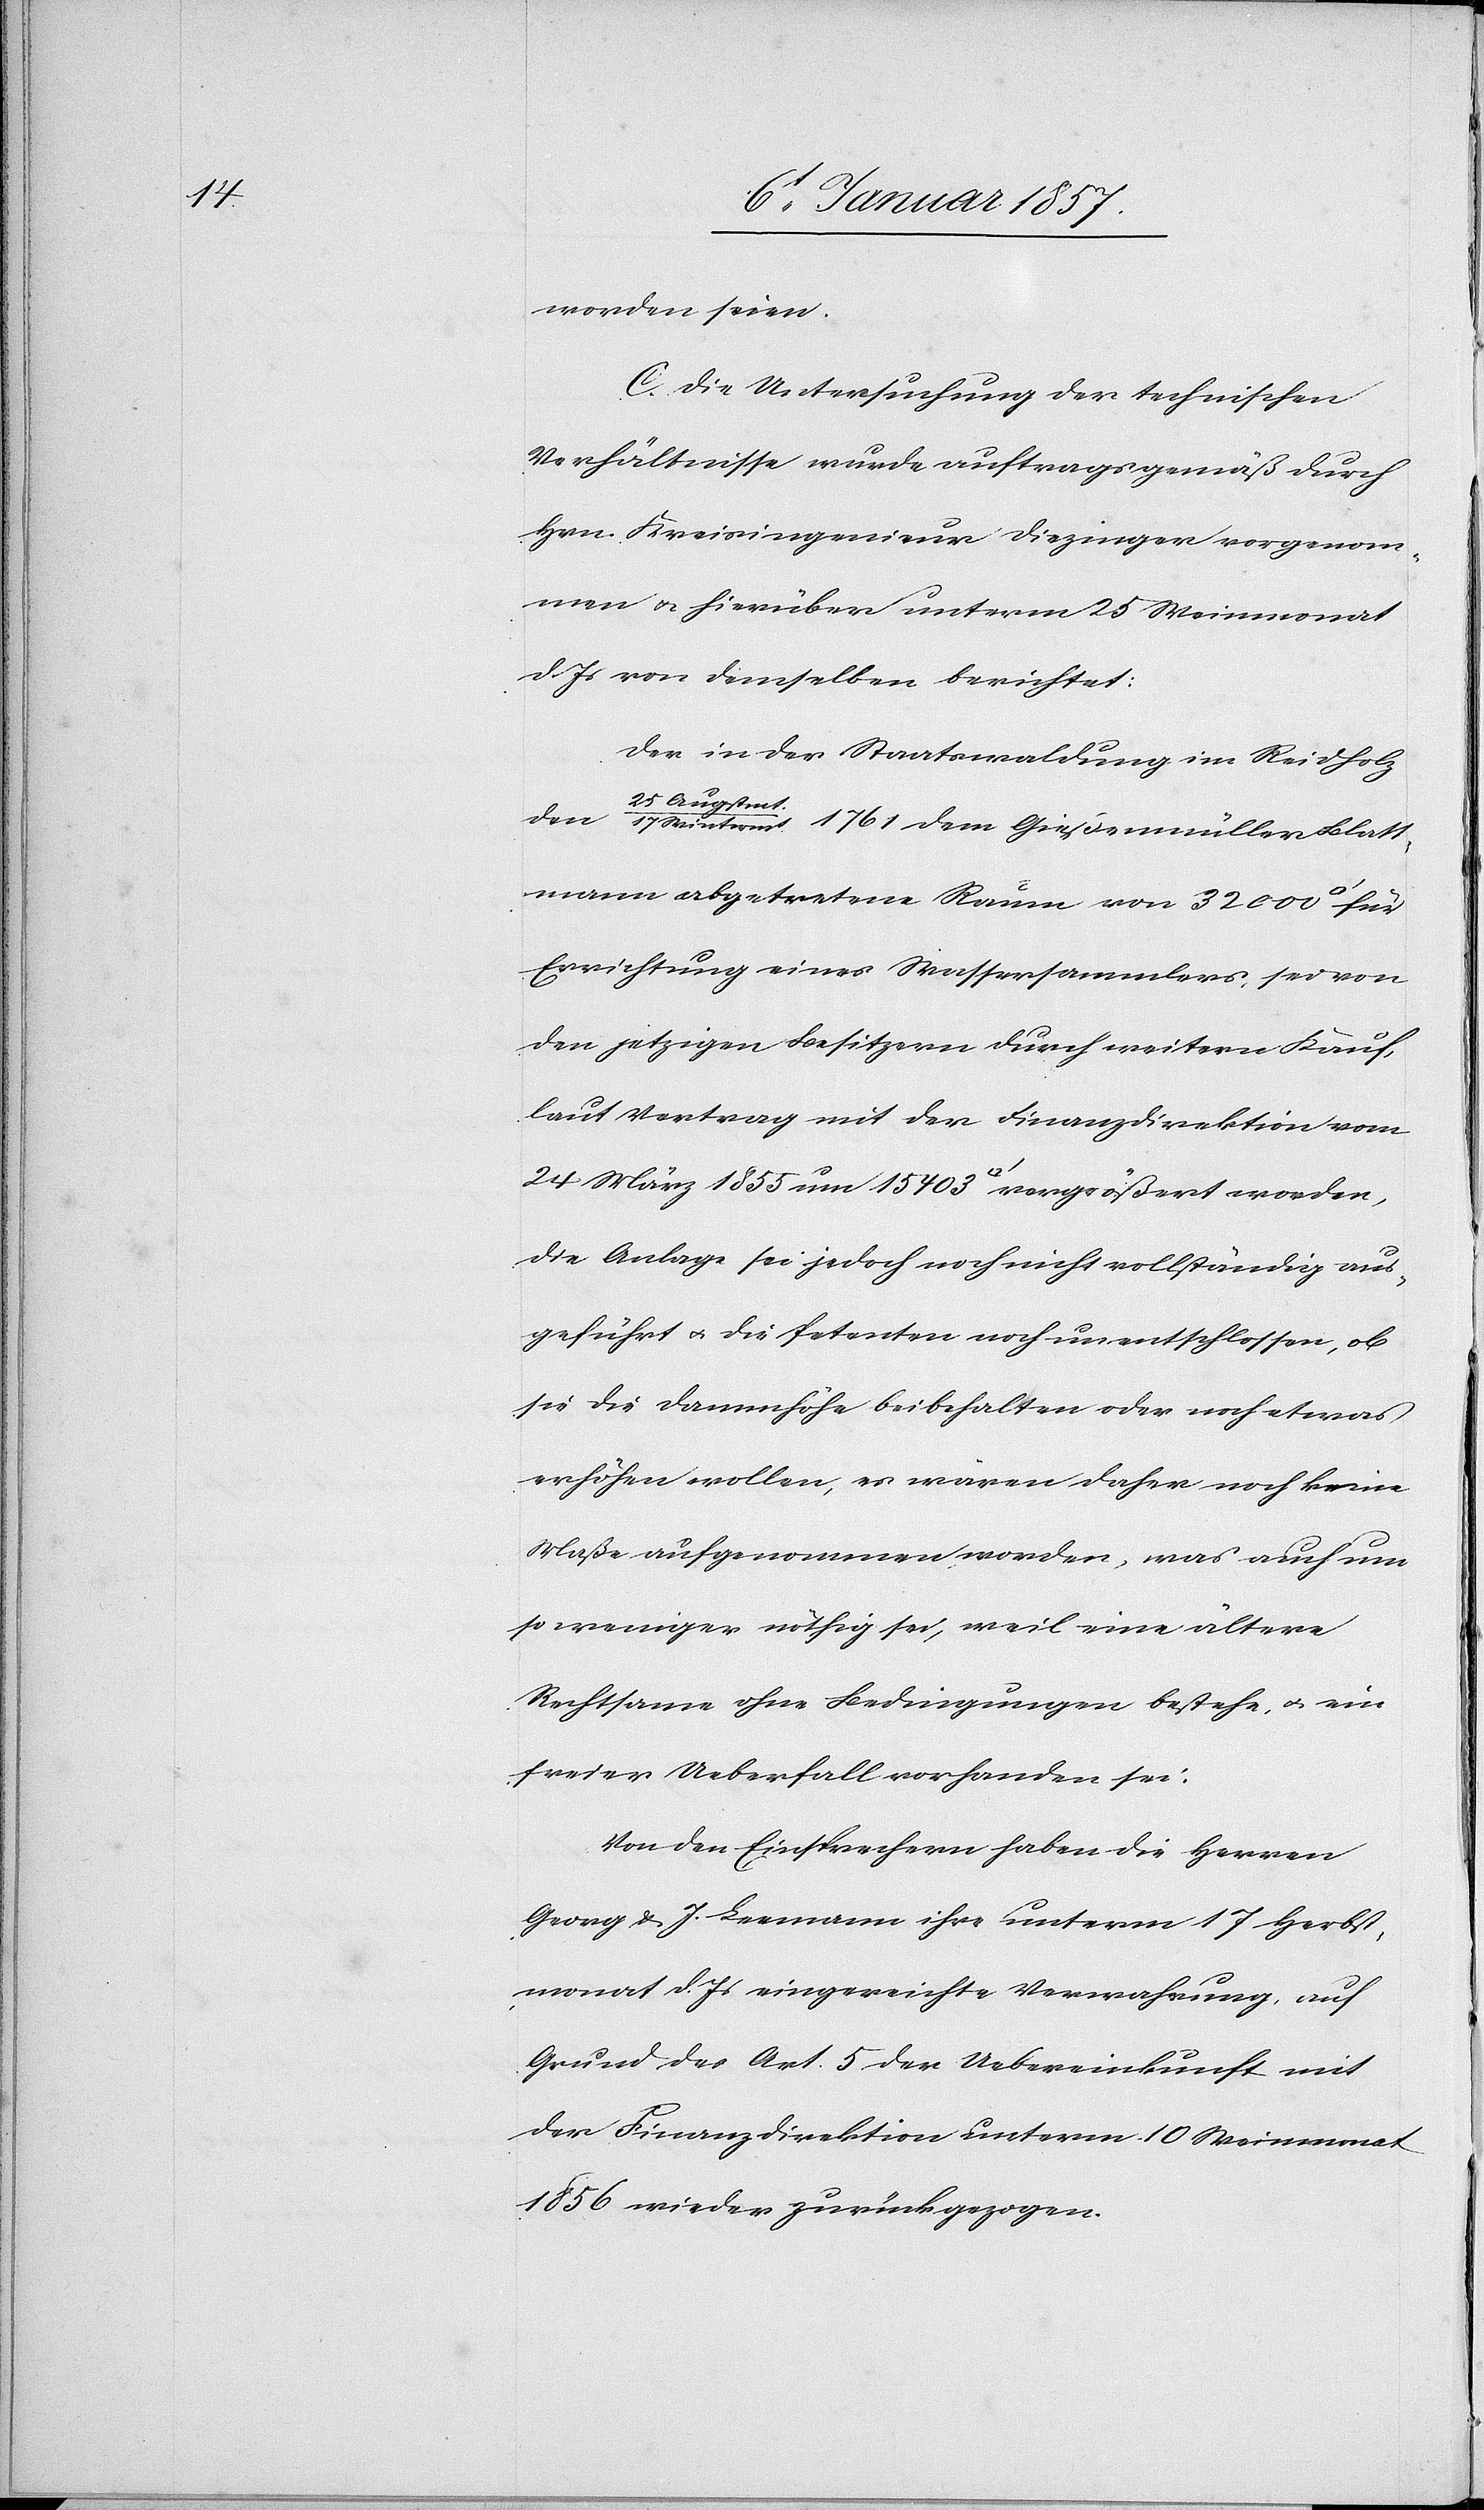
worden seien.
C. Die Untersuchung der technischen
Verhältnisse wurde auftragsgemäß durch
Hrn. Kreisingenieur Diezinger vorgenom¬
men u. hierüber unterm 25 Maimonat
d. Js von demselben berichtet:
Der in der Staatswaldung im Reidholz
Wint¬
ermt. 1761 dem Gießenmüller Blatt¬
mann abgetretene Raum von 32 000
Errichtung eines Wassersammlers, sei von
den jetzigen Besitzern durch weitern Kauf,
laut Vertrag mit der Finanzdirektion vom
24 März 1855 um 15 403 [Quadratfuss] vergrößert worden,
die Anlage sei jedoch noch nicht vollständig aus¬
geführt u. die Petenten noch unentschlossen, ob
sie die Dammhöhe beibehalten oder noch etwas
erhöhen wollen, es wären daher noch kein
Maße aufgenommen worden, was auch um
so weniger nöthig sei, weil eine ältere
Rechtsame ohne Bedingungen bestehe, u. ein
freier Ueberfall vorhanden sei:
Von der Einsprechern haben die Herren
Georg & J. Leemann ihre unterm 17 Herbst¬
monat d. Js eingereichte Verwahrung, auf
Grund des Art. 5 der Uebereinkunft mit
der Finanzdirektion unterm 10 Weinmonat
1856 wieder zurückgezogen.